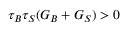
\tau _ { B } \tau _ { S } ( G _ { B } + G _ { S } ) > 0